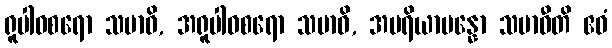
ရူပါဝစရော သမာဓိ, အရူပါဝစရော သမာဓိ, အပရိယာပန္နော သမာဓီတိ ဧဝံ